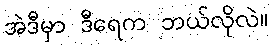
အဲဒီမှာ ဒီရေက ဘယ်လိုလဲ။